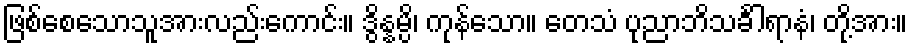
ဖြစ်စေသောသူအားလည်းကောင်း။ ဒွိန္နမ္ပိ၊ ကုန်သော။ တေသံ ပုညာဘိသင်္ခါရာနံ၊ တို့အား။